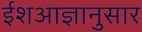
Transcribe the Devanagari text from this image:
ईशआज्ञानुसार